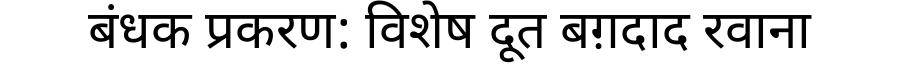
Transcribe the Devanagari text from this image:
बंधक प्रकरण: विशेष दूत बग़दाद रवाना